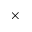
\times